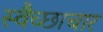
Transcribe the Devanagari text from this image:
स्‍वैच्‍छाचार